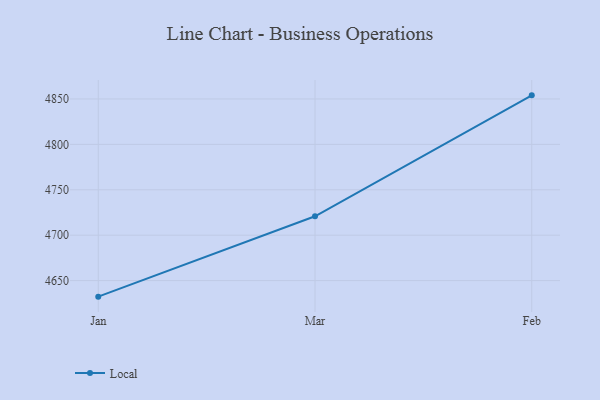
{"axis": {"x": "Month", "y": "Market Share (%)"}, "legend": ["Local"], "data": [{"x": "Jan", "y": 4632.3, "type": "Local"}, {"x": "Mar", "y": 4720.8, "type": "Local"}, {"x": "Feb", "y": 4854.0, "type": "Local"}]}